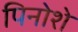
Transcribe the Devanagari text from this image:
पिनोशे